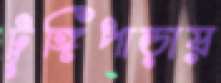
টুঙ্গিপাড়ায়